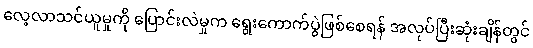
လေ့လာသင်ယူမှုကို ပြောင်းလဲမှုက ရွေးကောက်ပွဲဖြစ်စေရန် အလုပ်ပြီးဆုံးချိန်တွင်